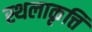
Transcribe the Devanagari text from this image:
स्थलाकृत्ति